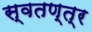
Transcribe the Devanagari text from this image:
स्वतण्त्र